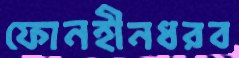
ফোনহীনধরব